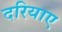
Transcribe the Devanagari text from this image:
दरियाए